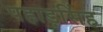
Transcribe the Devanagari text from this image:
पहाड़सिंह